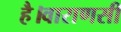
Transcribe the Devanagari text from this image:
है।वाराणसी